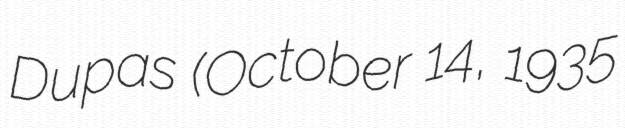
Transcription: Dupas (October 14, 1935